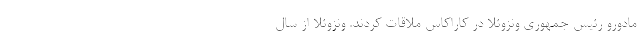
مادورو رئیس جمهوری ونزوئلا در کاراکاس ملاقات کردند. ونزوئلا از سال